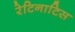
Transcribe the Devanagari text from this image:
रेटिनाटिस